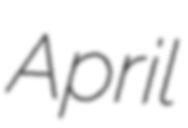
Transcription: April